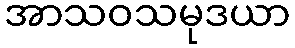
အာသဝသမုဒယာ